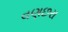
વણછરા